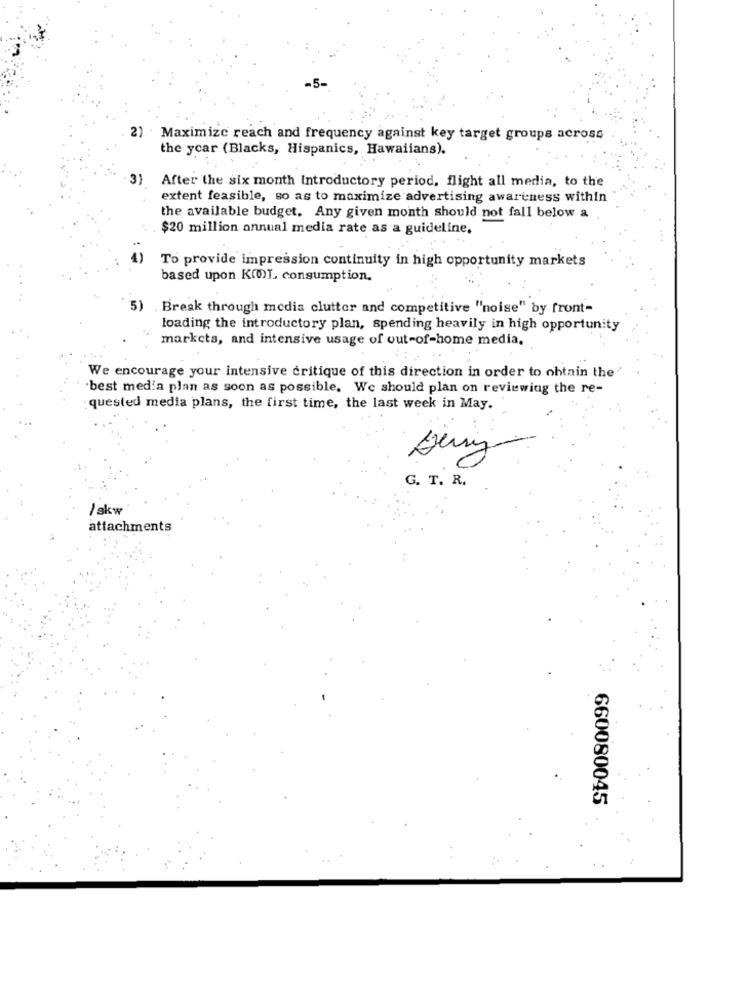
2) · Maximize reach and frequency against key target groups across
the year (Blacks, Hispanics, Hawaiians).
3)
After the six month Introductory period, flight all media, to the
extent feasible, so as to maximize advertising awareness within
the available budget. Any given month should not fall below a
$20 million annual media rate as a guideline.
4)
To provide impression continuity in high opportunity markets
based upon K()I consumption.
5) Break through media clutter and competitive "noise" by front-
loading the introductory plan, spending heavily in high opportunity
markets, and intensive usage of out-of-home media,
We encourage your intensive critique of this direction in order to obtain the
.best media plan as soon as possible. We should plan on reviewing the re-
quested media plans, the first time, the last week in May.
G. T. R.
/ skw
attachments
660080045